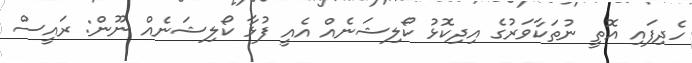
ހެދިފައި އޮތީ ނުތަކާވަރުގެ އިދިކޮޅު ކޯލިޝަނެއް އެއީ ފުޅާ ކޯލިޝަނެއް ނޫން: ރައީސް